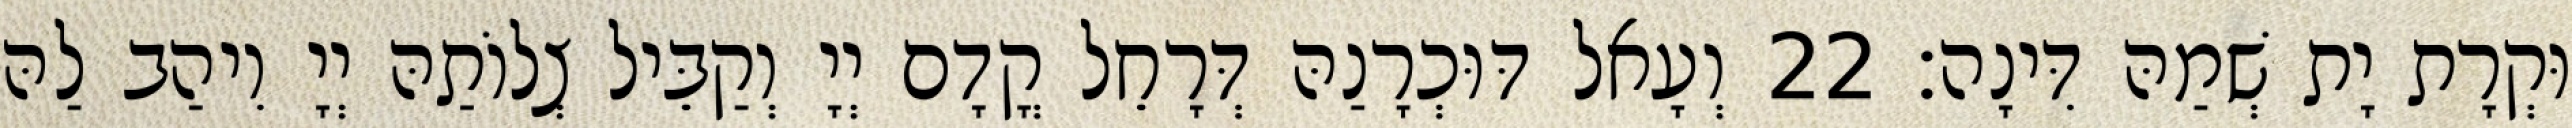
וּקְרָת יָת שְׁמַהּ דִּינָה׃ 22 וְעָאל דּוּכְרָנַהּ דְּרָחֵל קֳדָם יְיָ וְקַבֵּיל צְלוֹתַהּ יְיָ וִיהַב לַהּ